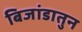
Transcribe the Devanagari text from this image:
बिजांडातुन